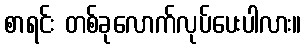
စာရင်း တစ်ခုလောက်လုပ်ပေးပါလား။